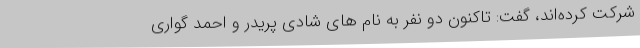
شرکت کرده‌اند، گفت: تاکنون دو نفر به نام های شادی پریدر و احمد گواری